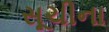
સૂચીના